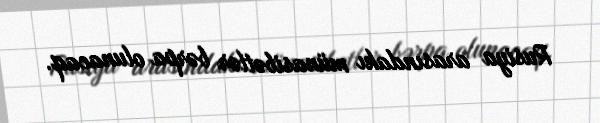
Rusiya arasındakı münasibətlər bərpa olunacaq.